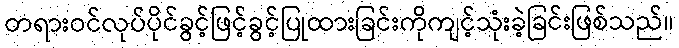
တရားဝင်လုပ်ပိုင်ခွင့်ဖြင့်ခွင့်ပြုထားခြင်းကိုကျင့်သုံးခဲ့ခြင်းဖြစ်သည်။